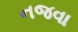
નજવા